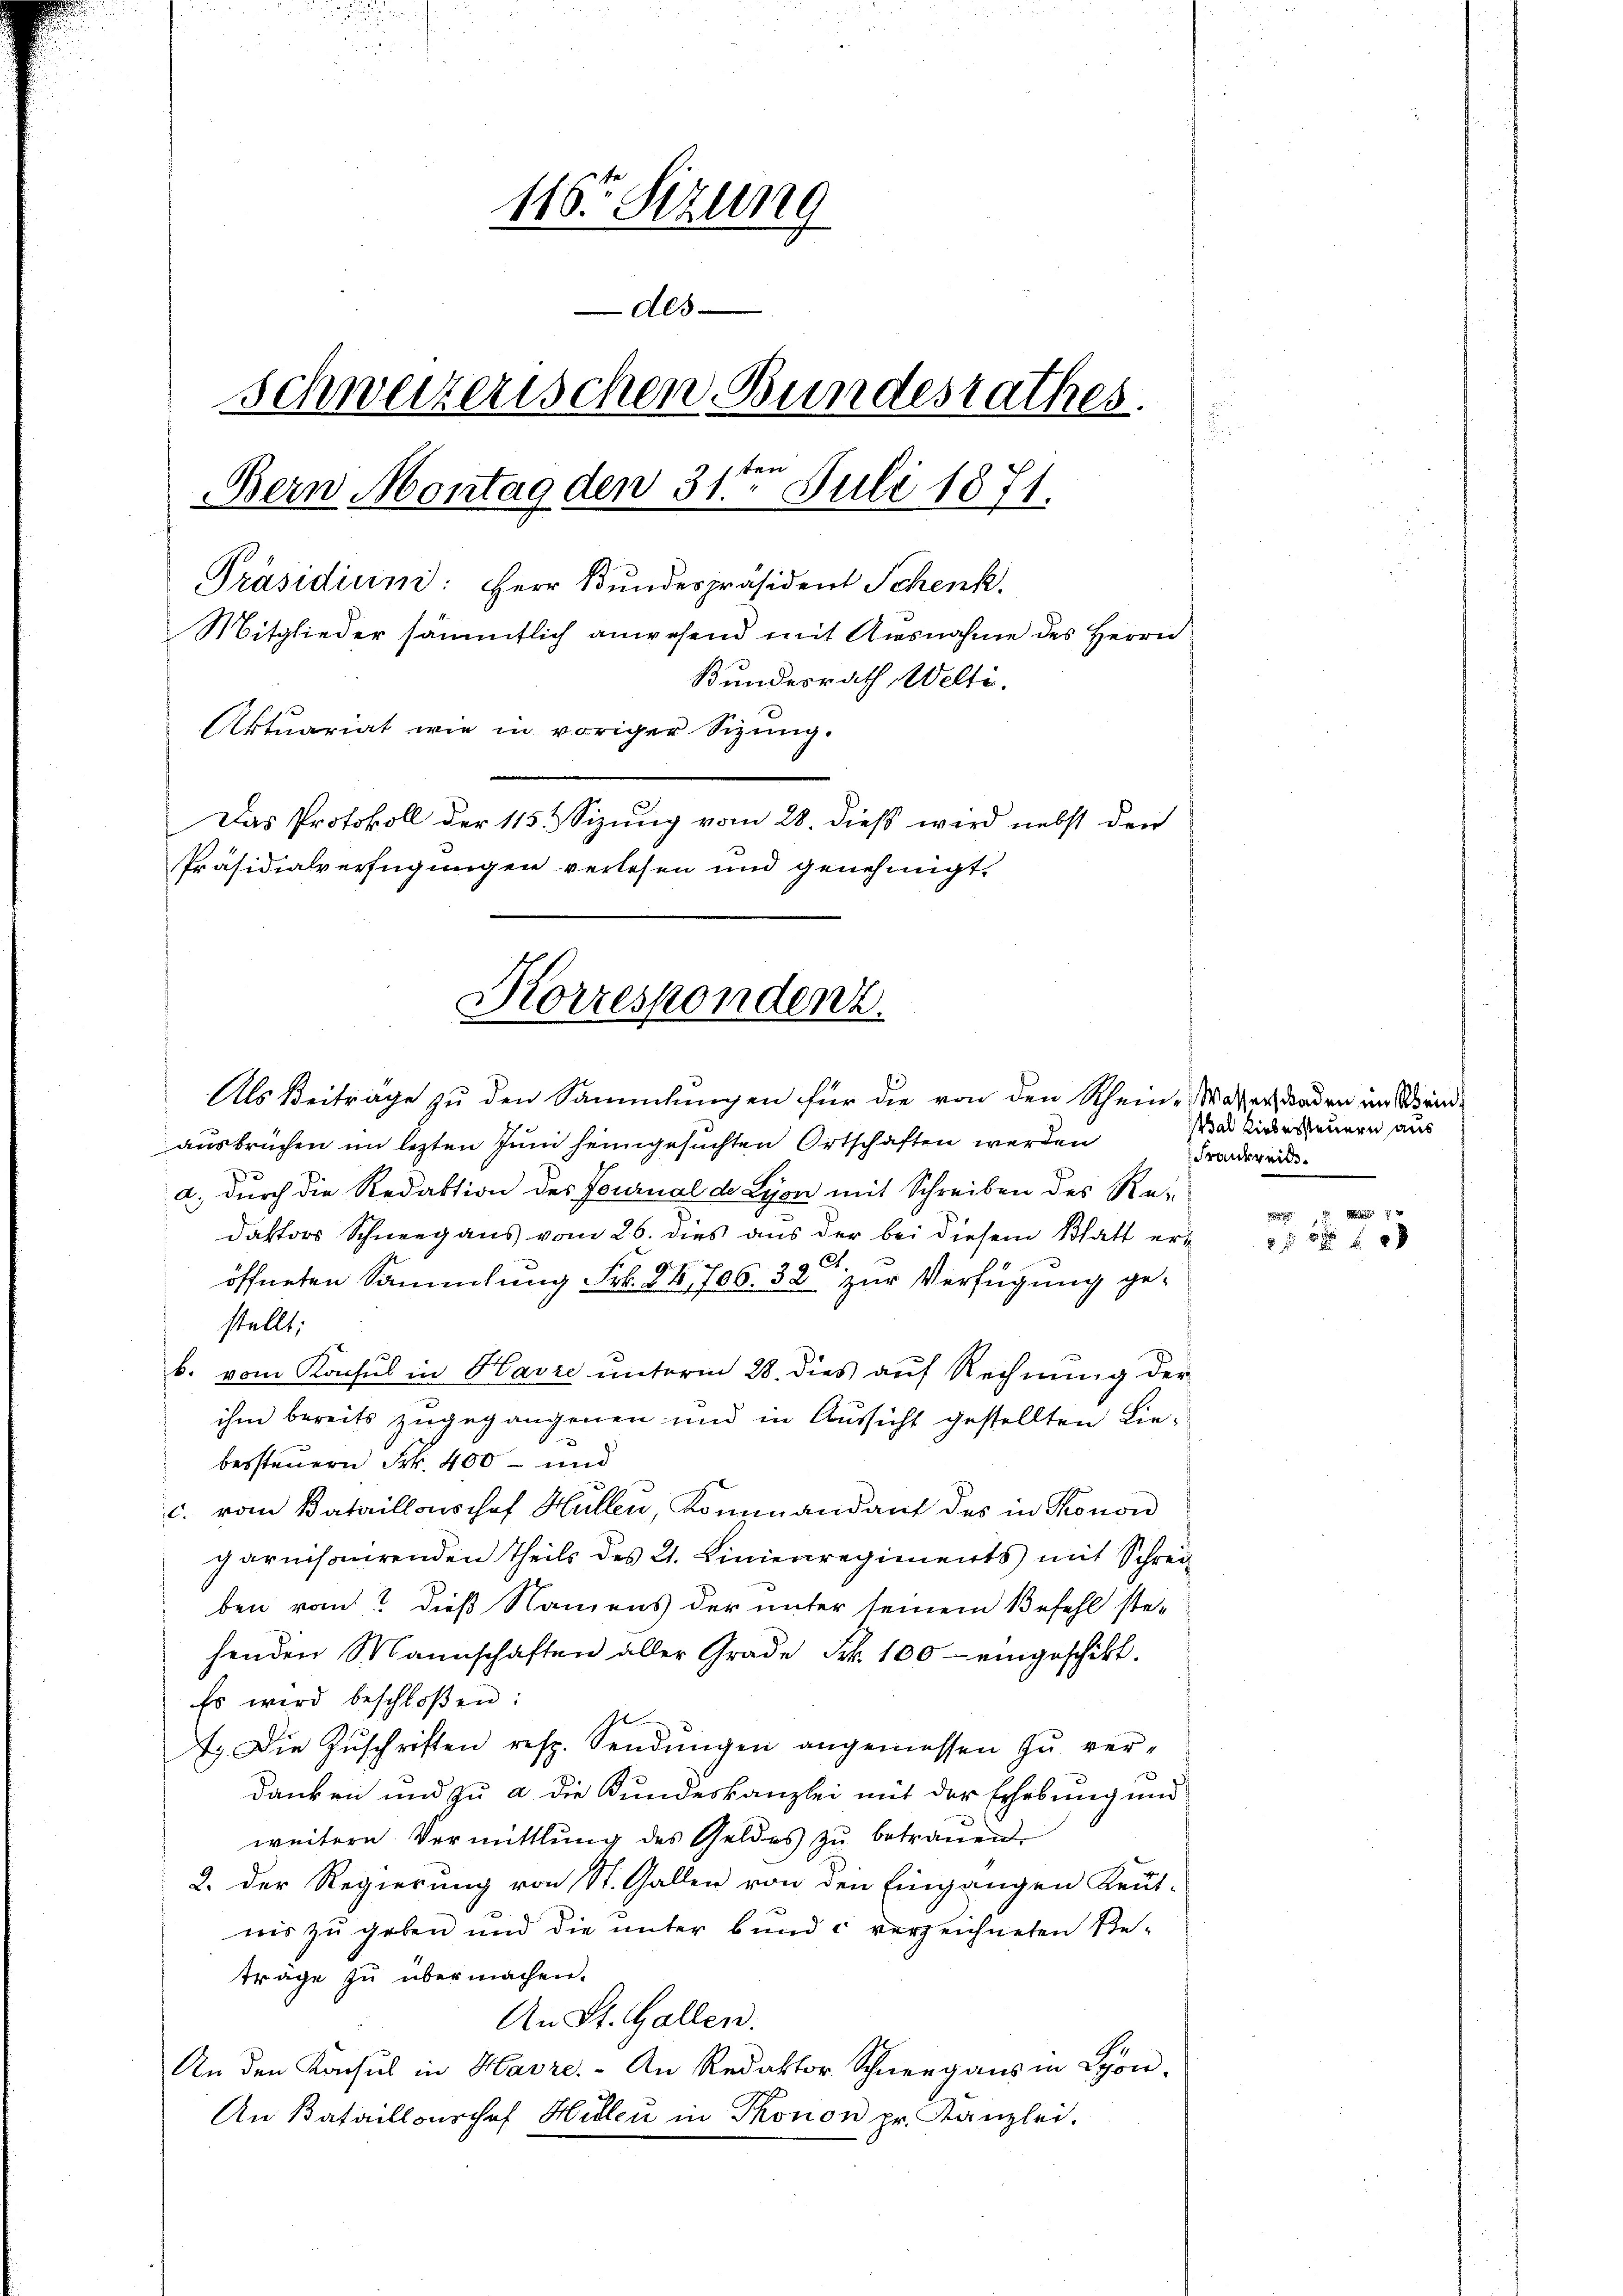
116. Sizung
Als
schweizerischen Bundesrathes.
Bern Montag den 31te͇n Juli 1871.
Präsidium: Herr Bundespräsident Schenk
Mitglieder sämmtlich anwesend mit Ausnahme des Herrn
Bundesrath Welti.
Aktuariat wie in voriger Sizung.
Das Protokoll der 115 & Sizung vom 28. dieß wird nebst den
Präsidialverfügungen verlesen und genehmigt.

Als Beiträge zu den Sammlungen für die von den Rhein- Wasser, Baden im Wein¬

Korrespondenz.

ausbrüchen im lezten Juni heimgesuchten Ortschaften werden
a.) durch die Redaktion des Feurnal de Lyon mit Schreiben des Re-
Dastors Schneegaus vom 26. dies aus der bei diesem Blatt eröffneten Sammlung Frk. 94, 706. 32 zur Verfügung gestellt.
b. vom Konsul in Havre ŭnterm 28. dies aŭf Rechnŭng der
ihm bereits zugegangenen und in Aussicht gestellten Liebessteuern Frk. 400 - und
c. vom Bataillonshof Hüllen, Kommandant des in Konon
garnisonirenden Theils des 21. Linienregiments mit Schrei
ben vom? Dieß Namens der unter seinem Befehl stehenden Mannschaften aller Grade Frk. 100 - eingeschikt.
Es wird beschloßen:
7. Die Zŭschriften resp. Sendungen angemessen zu ver-
danken und zu a die Kundeskanzlei mit der Erhebung und
weitere Vermittlung des Geldes zu betrauen.
2. Der Regierung von St. Gallen von den Eingangen Kent-
nis zu geben und die unter bund c verzeichneten Be-
träge zu übermachen.
An St. Gallen.
An den Kacsul in Havre.- An Redaktor Schneegaus in Lyon-
An Bataillonschef Hillen in Thonon pr. Kanzlei.

Wal Liebersteuern aus
Frankreis.
xx

2 xxx